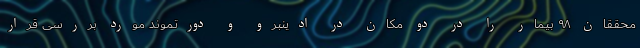
محققان ۹۸ بیمار را در دو مکان در ادینبرو و دورتموند مورد بررسی قرار